Civil Veterinary Department. Central Provinces & Berar 1932-41 - 1932-1941
Year: 1932
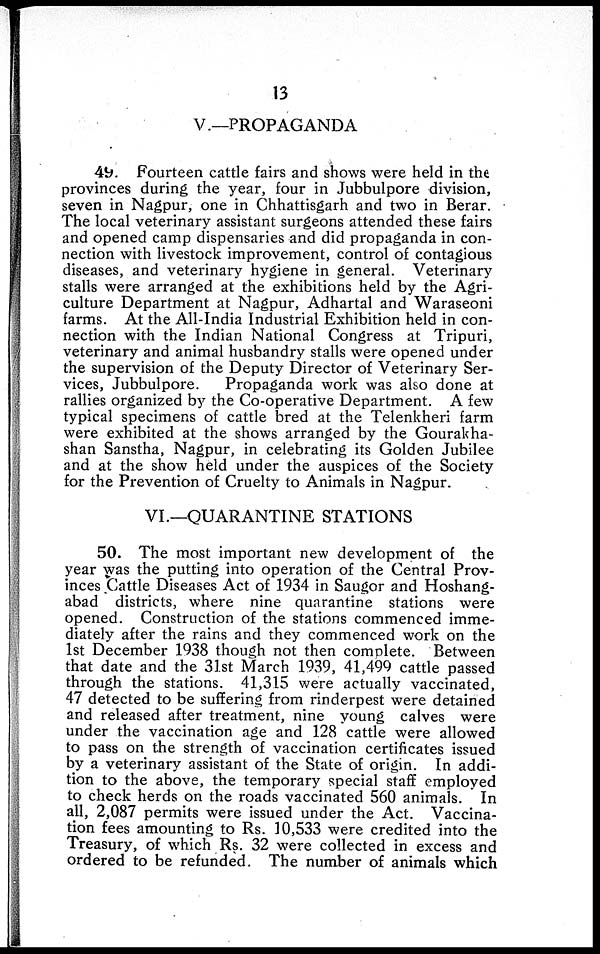
13
V.—PROPAGANDA
49. Fourteen cattle fairs and shows were held in the
provinces during the year, four in Jubbulpore division,
seven in Nagpur, one in Chhattisgarh and two in Berar.
The local veterinary assistant surgeons attended these fairs
and opened camp dispensaries and did propaganda in con-
nection with livestock improvement, control of contagious
diseases, and veterinary hygiene in general. Veterinary
stalls were arranged at the exhibitions held by the Agri-
culture Department at Nagpur, Adhartal and Waraseoni
farms. At the All-India Industrial Exhibition held in con-
nection with the Indian National Congress at Tripuri,
veterinary and animal husbandry stalls were opened under
the supervision of the Deputy Director of Veterinary Ser-
vices, Jubbulpore.
Propaganda work was also done at
rallies organized by the Co-operative Department. A few
typical specimens of cattle bred at the Telenkheri farm
were exhibited at the shows arranged by the Gourakha-
shan Sanstha, Nagpur, in celebrating its Golden Jubilee
and at the show held under the auspices of the Society
for the Prevention of Cruelty to Animals in Nagpur.
VI.—QUARANTINE STATIONS
50. The most important new development of the
year was the putting into operation of the Central Prov-
inces Cattle Diseases Act of 1934 in Saugor and Hoshang-
abad districts, where nine quarantine stations were
opened. Construction of the stations commenced imme-
diately after the rains and they commenced work on the
1st December 1938 though not then complete. Between
that date and the 31st March 1939, 41,499 cattle passed
through the stations. 41,315 were actually vaccinated,
47 detected to be suffering from rinderpest were detained
and released after treatment, nine young calves were
under the vaccination age and 128 cattle were allowed
to pass on the strength of vaccination certificates issued
by a veterinary assistant of the State of origin. In addi-
tion to the above, the temporary special staff employed
to check herds on the roads vaccinated 560 animals. In
all, 2,087 permits were issued under the Act. Vaccina-
tion fees amounting to Rs. 10,533 were credited into the
Treasury, of which Rs. 32 were collected in excess and
ordered to be refunded. The number of animals which